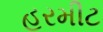
હરમીટ